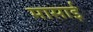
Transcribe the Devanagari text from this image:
मासाई